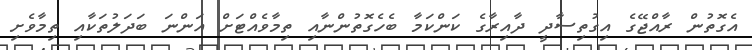
އެގޮތުން ރާއްޖޭގެ އިގުތިސާދީ ދާއިރާގެ ކަންކަމާ ބެހެގޮތުންނާއި ތިމާވެއްޓަށް އަންނަ ބަދަލުތަކާއި ތިމާވެށި